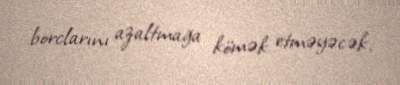
borclarını azaltmağa kömək etməyəcək.